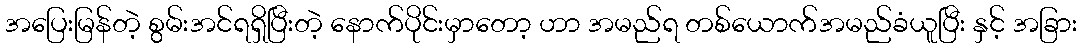
အပြေးမြန်တဲ့ စွမ်းအင်ရရှိပြီးတဲ့ နောက်ပိုင်းမှာတော့ ဟာ အမည်ရ တစ်ယောက်အမည်ခံယူပြီး နှင့် အခြား